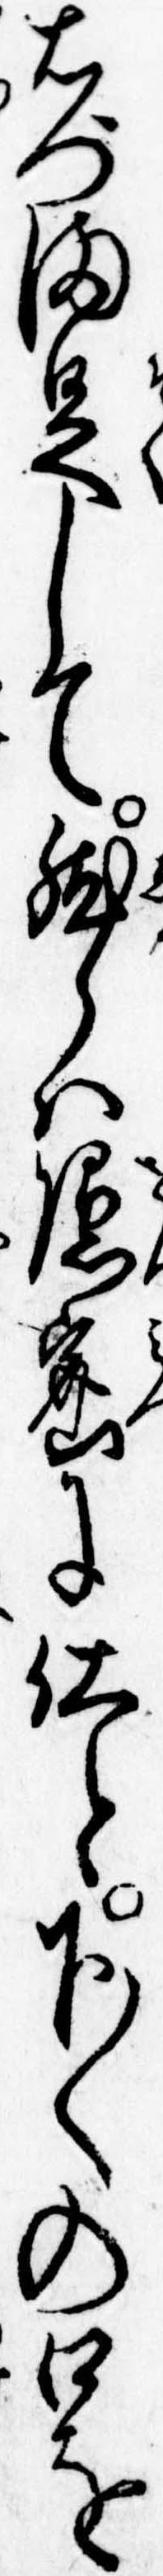
右門満足して然らは隠密に仕と下〱の口を